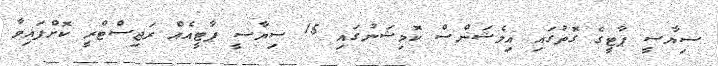
ސިޔާސީ ޕާޓީގެ ގޮތުގައި އިލެޝަންސް ކޮމިޝަނުގައި 15 ސިޔާސީ ޕާޓީއެއް ރަޖިސްޓްރީ ކޮށްފައިވާ